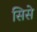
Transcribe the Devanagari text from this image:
सिसे